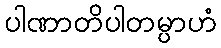
ပါဏာတိပါတမ္ပာဟံ